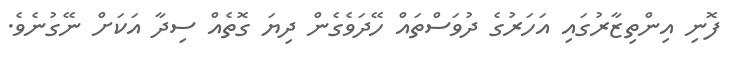
ފޮނި އިންތިޒާރުގައި އަހަރުގެ ދުވަސްތައް ހޭދަވެގެން ދިޔަ ގޮތެއް ސިދާ އަކަށް ނޭގުނެވެ.